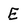
Character: E